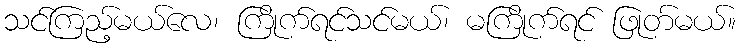
သင်ကြည့်မယ်လေ၊ ကြိုက်ရင်သင်မယ်၊ မကြိုက်ရင် ဖြုတ်မယ်။